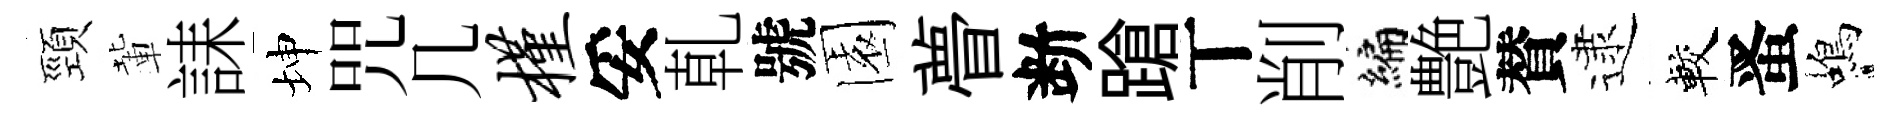
頸輩誄坤咒几槿妥乹號園瞢断蹌丅削编艶賛逮較󱉠蝎